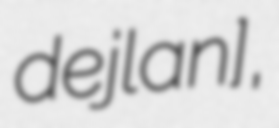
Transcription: ˈdʒejlan],